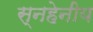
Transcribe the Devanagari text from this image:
स्नहेनीय